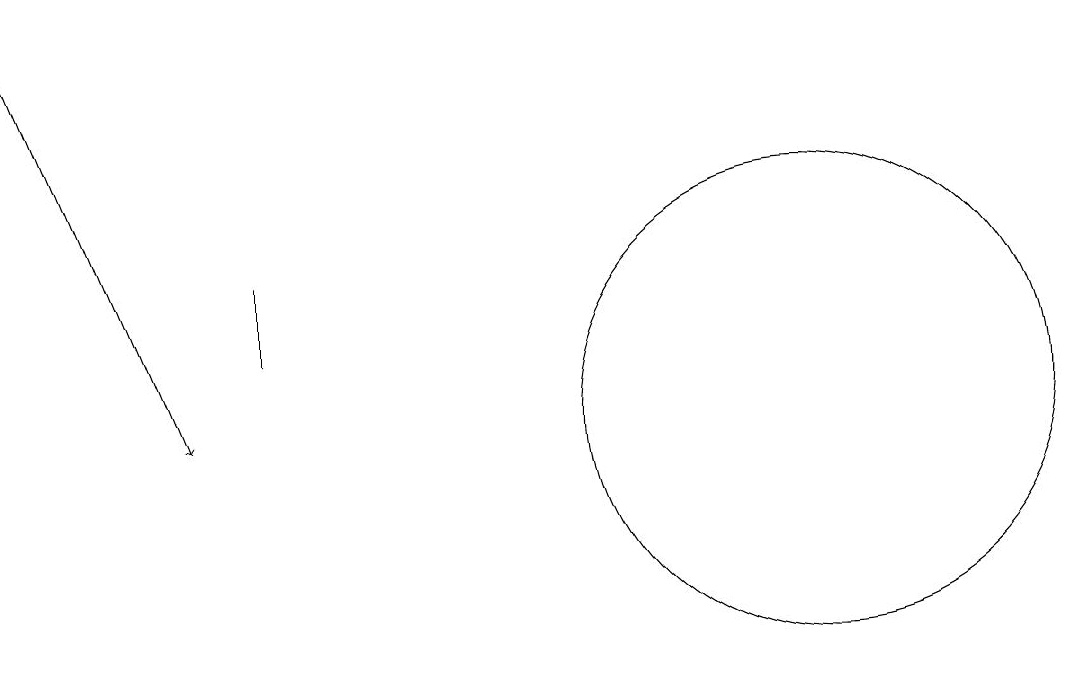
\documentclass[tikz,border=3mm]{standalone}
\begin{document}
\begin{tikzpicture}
\draw[->] (0,16) -- (2,11);
\draw (3,12) rectangle (3,13);
\draw (10,11) circle (3);
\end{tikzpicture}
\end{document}